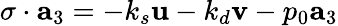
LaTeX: \mathbf{\sigma}\cdot{\mathbf{a}}_{3}=-k_{s}\mathbf{u}-k_{d}\mathbf{v}-p_{0}{\mathbf{a}}_{3}